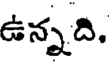
ఉన్నది.